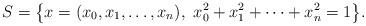
LaTeX: \begin{gather*}S=\big\{ x=(x_0,x_1,\dots, x_n), \ x_0^2+x_1^2+\dots +x_n^2=1\big\}.\end{gather*}